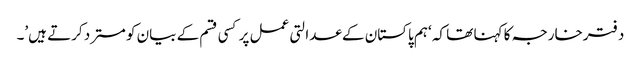
دفترخارجہ کا کہنا تھا کہ ‘ہم پاکستان کے عدالتی عمل پر کسی قسم کے بیان کو مسترد کرتے ہیں’۔